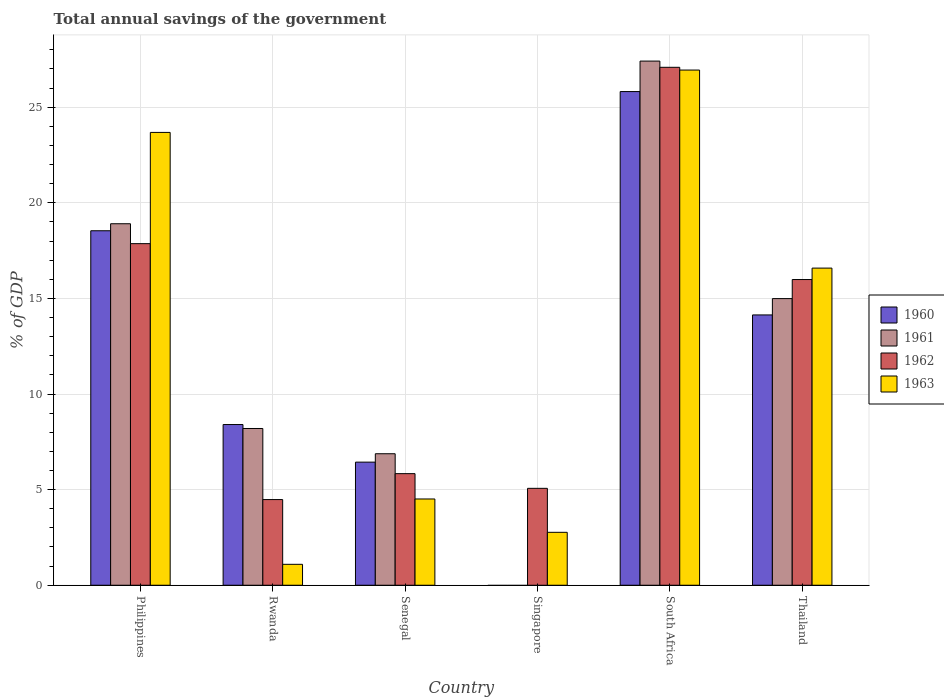
| Country | 1960 | 1961 | 1962 | 1963 |
 | --- | --- | --- | --- | --- |
 | Philippines | 18.5 | 18.9 | 17.9 | 23.7 |
 | Rwanda | 8.4 | 8.2 | 4.48 | 1.09 |
 | Senegal | 6.44 | 6.88 | 5.83 | 4.51 |
 | Singapore | -2.32 | -3.03 | 5.07 | 2.77 |
 | South Africa | 25.8 | 27.4 | 27.1 | 26.9 |
 | Thailand | 14.1 | 15 | 16 | 16.6 |